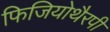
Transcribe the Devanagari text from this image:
फिजियोथैरपी